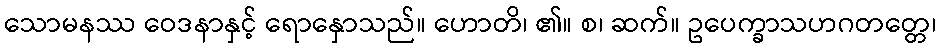
သောမနဿ ဝေဒနာနှင့် ရောနှောသည်။ ဟောတိ၊ ၏။ စ၊ ဆက်။ ဥပေက္ခာသဟဂတတ္တေ၊